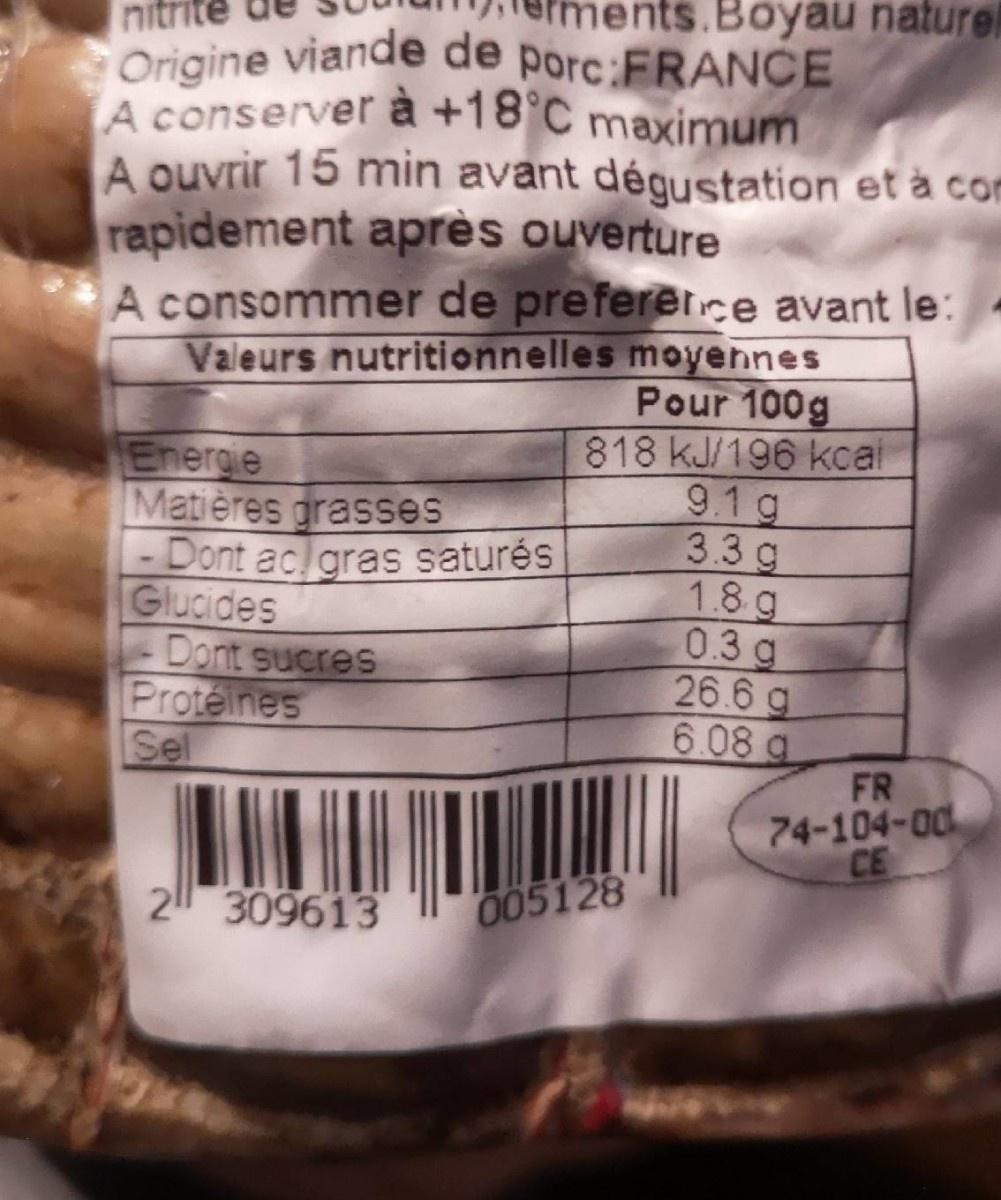
nitr
ents.Boyau naturel
Origine viande de porc:FRANCE A conserver à +18°C maximum
A ouvrir 15 min avant dégustation et à con
rapidement après ouverture
A consommer de prefererce avant le:
Energie Matières grasses - Dont ac gras saturés Glucides Dont sucres Proteines Sel
Valeurs nutritionnelles moyennes Pour 100g 818 kJ/196 kcal 9.1g 33g 1.8 g 0.3g 26.6 g 6.08 a
FR 74-104-00 CE
2 309613
005128